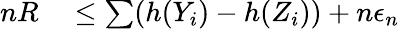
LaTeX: \begin{array}{rl}{nR}&{{}\leq\sum(h(Y_{i})-h(Z_{i}))+n\epsilon_{n}}\end{array}